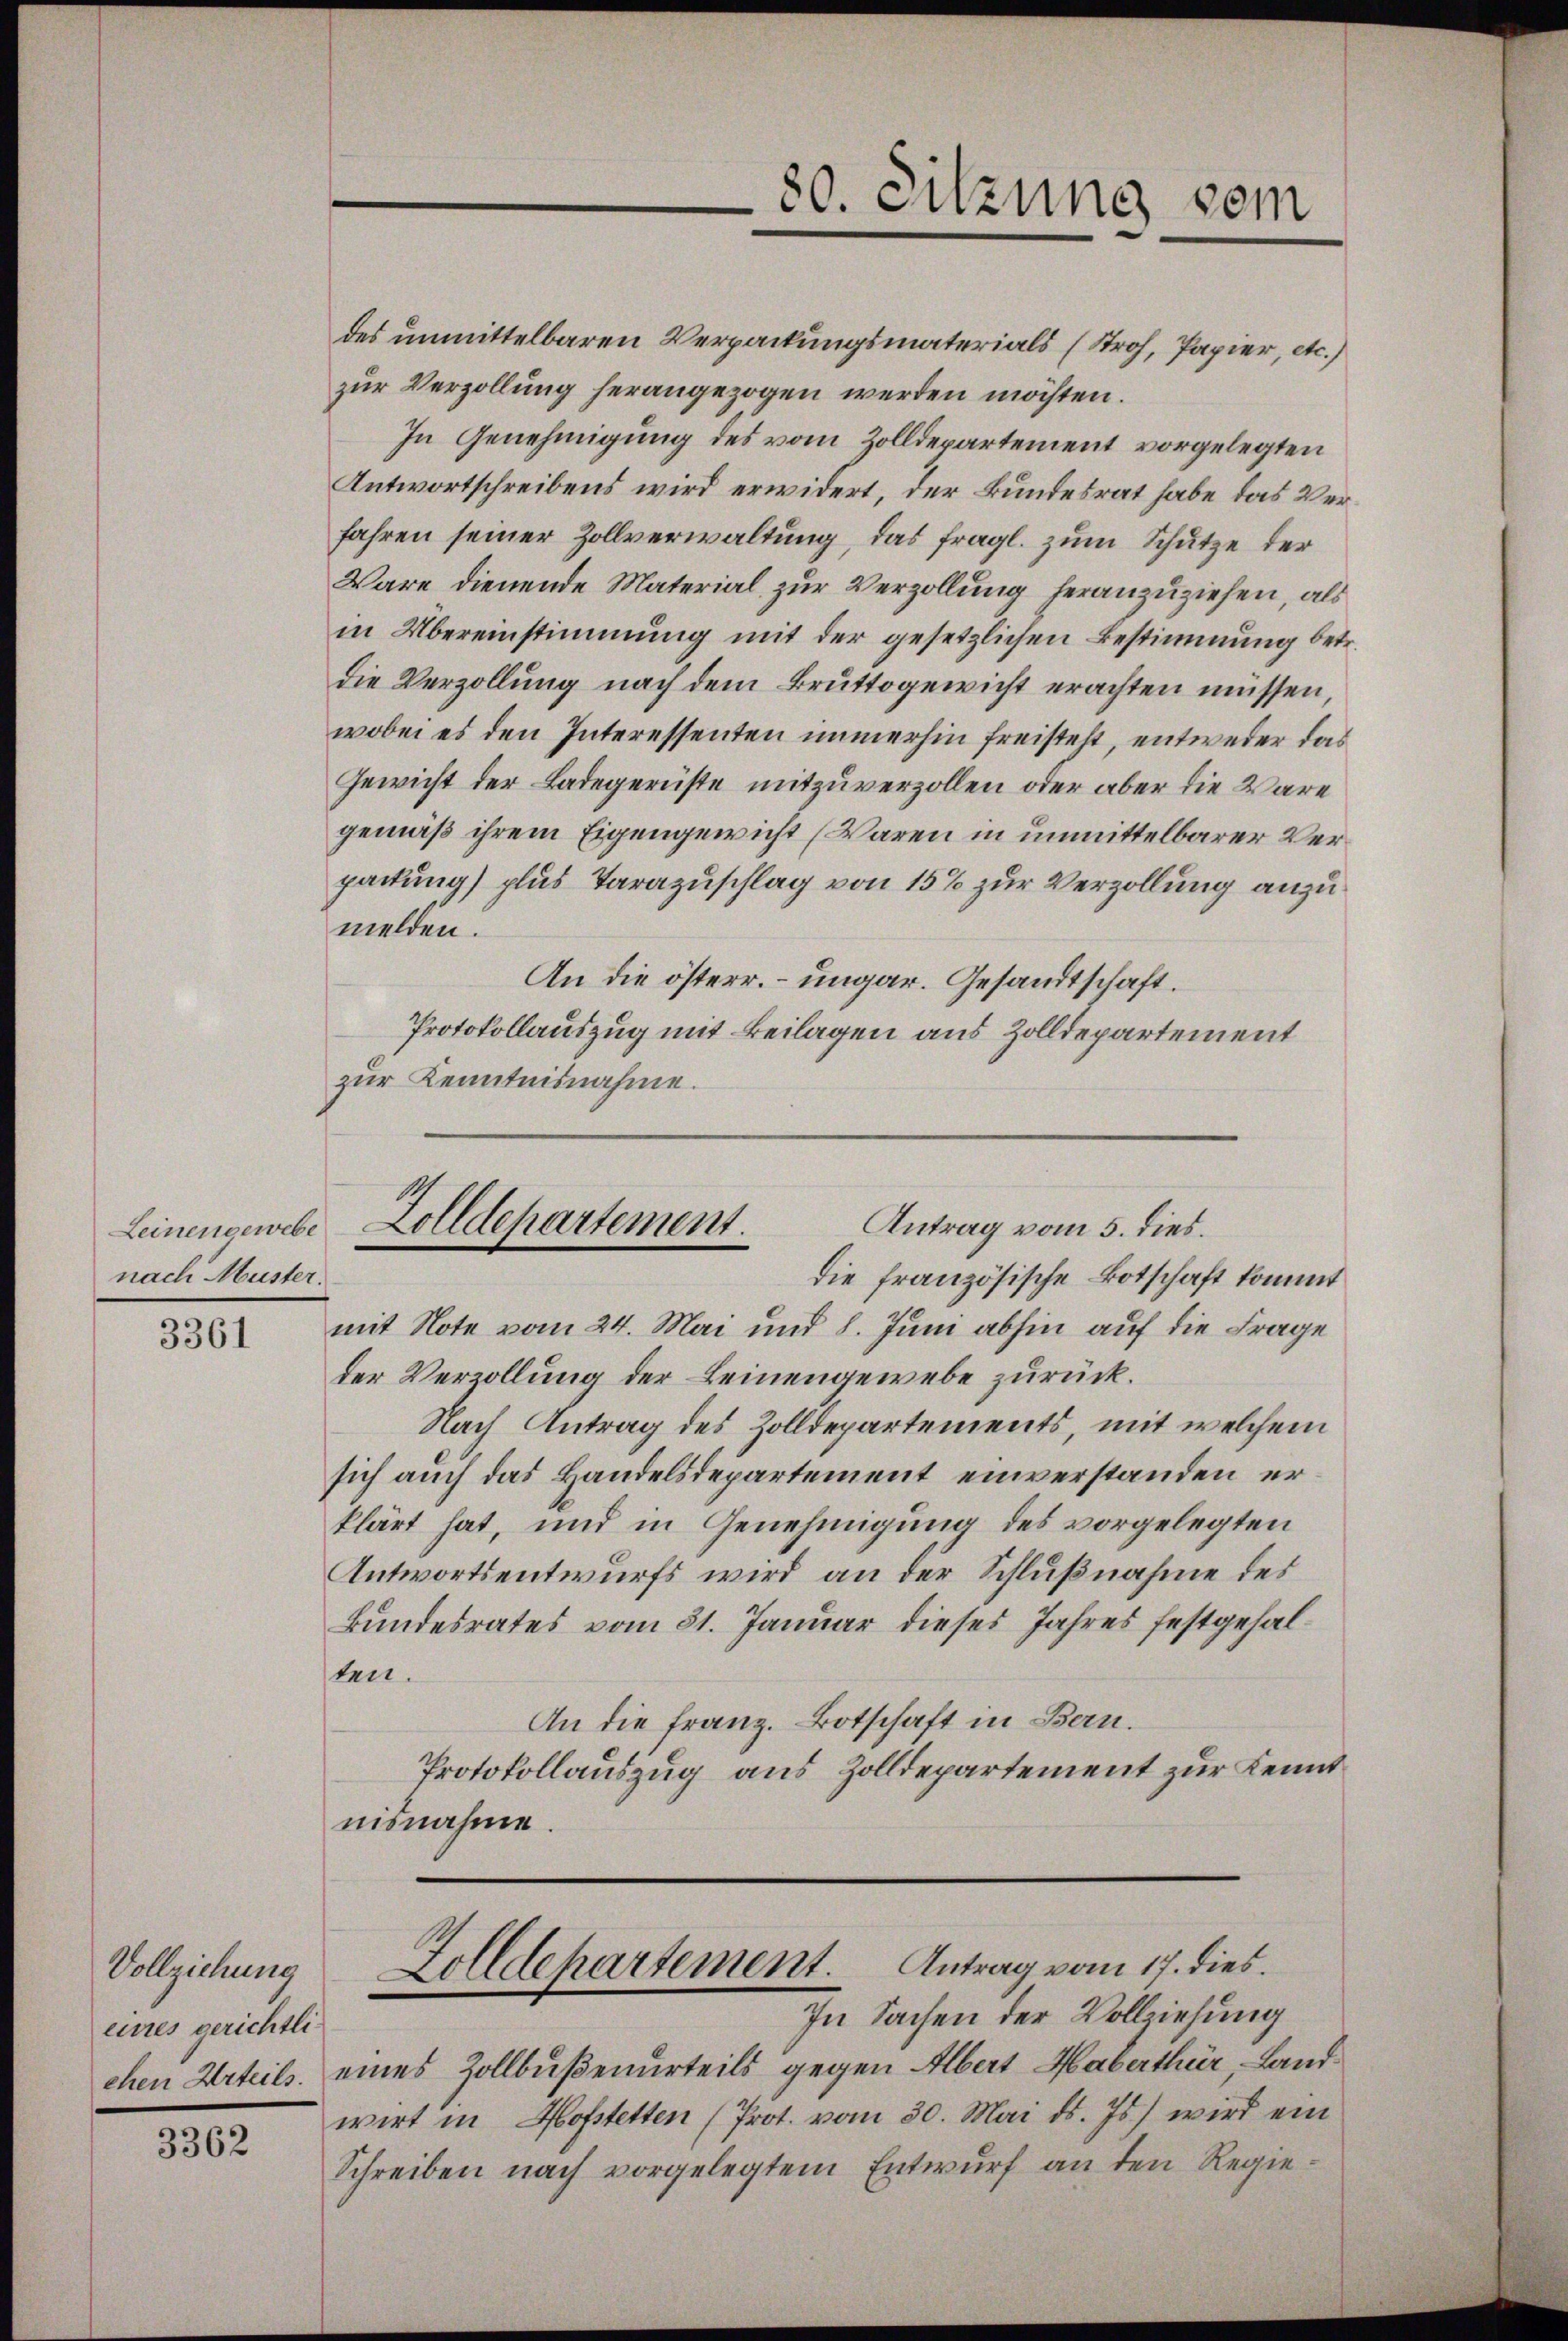
Leinen gewebe
nach Muster.

3361

des unmittelbaren Verpackungsmaterials (Stroh, Papier, etc.)
zur Verzollung herangezogen werden möchten.
In Genehmigung des vom Zolldepartement vorgelegten
Antwortschreibens wird erwidert, der Bundesrat habe das Verfahren seiner Zollverwaltung, das fragl. zum Schutze der
Wäre dienende Material zur Verzollung heranzuziehen, als
in Übereinstimmung mit der gesetzlichen Bestimmung betr.
die Verzollung nach dem Bruttogewicht erachten müssen.
wobei es den Interessenten immerhin freisteht, entweder das
Gewicht der Ladegerüste mitzuverzollen oder aber die Wäre
gemäß ihrem Eigengewicht (Waren in unmittelbarer Verpackung) plus Tarazuschlag von 15% zur Verzollung anzumelden.
An die österr. – ungar. Gesandtschaft.
Protokollauszug mit Beilagen aus Zolldepartement
zur Kenntnisnahme.

Vollziehung
eines gerichtlichen Urteils.

3362

80. Sitzung vom

Zolldepartement.
Antrag vom 5. dies.

die französische Botschaft kommt
mit Note vom 24. Mai und 8. Juni abhin auf die Frage
der Verzollung der Leinengewebe zurück.
Nach Antrag des Zolldepartements, mit welchem
sich auch das Handelsdepartement einverstanden erklärt hat, und in Genehmigung des vorgelegten
Antwortsentwurfs wird an der Schlußnahme des
Bundesrates vom 31. Januar dieses Jahres festgehalten.
An die Franz. Botschaft in Bern.
Protokollauszug aus Zolldepartement zur Kennt
nisnahme.

Folldepartement. Antrag vom 17. dies

In Sachen der Vollziehung
eines Zollbußenurteils gegen Albert Haberthur, Landwirt in Hofstetten (Prot. vom 30. Mai d. Js.) wird ein
Schreiben nach vorgelegtem Entwurf an den Regie¬